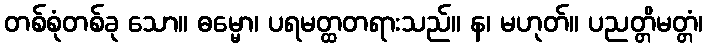
တစ်စုံတစ်ခု သော။ ဓမ္မော၊ ပရမတ္ထတရားသည်။ န၊ မဟုတ်။ ပညတ္တိမတ္တံ၊